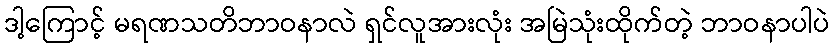
ဒါ့ကြောင့် မရဏသတိဘာဝနာလဲ ရှင်လူအားလုံး အမြဲသုံးထိုက်တဲ့ ဘာဝနာပါပဲ